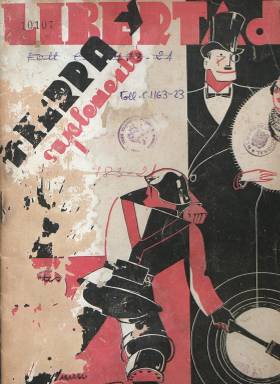
Título: Tierra y libertad (Barcelona). Suplemento
Otros títulos: Suplemento de Tierra y Libertad
Colección: Anarquismo
Ámbito geográfico: Barcelona
Lugar de publicación: Barcelona
Fechas: 01/06/1933-31/01/1934

Revista mensual que se publica como suplemento del entonces “semanario anarquista” Tierra y libertad (1899-1939). Este había aparecido, a su vez, como suplemento de La Revista blanca (1898-1936), siendo ambos dos títulos destacados del movimiento anarquista y libertario, que habían sido fundados en Madrid por el matrimonio formado por los pedagogos, escritores y editores Juan Montseny Carret (1864-1942) –que usó el seudónimo Federico Urales- y Teresa Mañé Miravet (1865-1939) –que usó el de Soledad Gustavo. A partir de 1906 y 1923, respectivamente, pasan a ser editados en Barcelona, que se convertirá en el principal centro anarquista español. Siendo ya órgano de la Federación Anarquista Ibérica (FAI), este suplemento de Tierra y libertad comienza a publicarse en agosto de 1932. La colección de la Biblioteca Nacional de España contiene las entregas número 11 y 12 (de junio y julio de 1933, respectivamente) y la 18, que probablemente fue la última y de carácter trimestral, pues corresponde a los meses de enero, febrero y marzo de 1934, apareciendo tras la suspensión de la que sería objeto tras la insurrección anarquista de diciembre de 1933, la tercera y última de este matiz en el periodo de la segunda república española.

Son entregas en torno al medio centenar de páginas, con foliación continuada anual, compuestas a una y dos columnas e ilustradas con fotograbados y dibujos, como el que ocupa cada cubierta, estampada a dos tintas, e impresas por Gráficos Alfa. Su redacción se encontraba en la barcelonesa calle de La Unión, número 9, antigua sede de los Sindicatos Libres. Escrita completamente en castellano, sus textos son artículos de carácter político y social y de ámbito tanto nacional como internacional (algunos traducidos) y algunos reportajes, así como cultural, especialmente sobre arte, libros y cine. Tiene dos secciones fijas: la editorial, bajo el epígrafe Umbral, y La esencia de los libros, dedicada a las recensiones bibliográficas, firmada por A.G. Gilabert. Al final de cada entrega ofrece un listado de títulos de obras anarquistas en venta bajo el epígrafe Servicio de librería.

Además de textos de naturaleza doctrinal, esta publicación mensual se verá obligada a tratar también la “actualidad política y social”, y como defensora del sindicalismo revolucionario, especialmente a la concerniente a la clase trabajadora y campesina, o a temas sobre la represión, el fascismo o el armamentismo y la guerra. Según Seoane y Saiz (1996), Tierra y libertad representaba al anarquismo “puro”, siendo sus objetivos la propaganda activa y la difusión de la cultura, como “ejes habituales del discurso libertario”, dedicando su atención también a analizar el papel entre intelectuales y anarquismo, cuyo ideario y pensamiento exaltaba. A nivel político, atacaba por la izquierda al PSOE y UGT y a sus dirigentes, y fue crítica a la dictadura soviética.

La variedad de la temática que trataba queda reflejada en los títulos de los artículos publicados en estas entregas: Alianza internacional contra el marxismo, firmado por Campio Carpio; Malthus y la causa de la miseria, por Juan M. Molina; República y comunismo libertario, por Francisco López Vera; Temas femeninos: el comunismo anárquico libertará a la mujer, por Kyralina (probablemente, un seudónimo); La industria química más potente en Alemania, sobre el nuevo armamento de la guerra que se avecinaba, por Roger Franq (probablemente una traducción); De Stalin a René Clair, pasando por Nuestro cinema, sobre esta revista editada por Pedro Piqueras, firmado por Alberto Mar; Temas científicos-filosóficos: El ‘yo’ y el libre albedrío, por A. Nolla; Sexualismo y libertad, por José Bonet; o La literatura de vanguardia: sexualismo musical, por Medina González. Otros de sus textos son un poema de carácter social firmado por Regino Pedroso, o unos apuntes biográficos del pintor y revolucionario Eleuterio Bueno, con reproducción de algunas de sus obras, firmado por Adolfo Ballano Bueno. Otras firmas son las de Francisco Pellicer, Jaime Balius, Isaac Puente, José Pros, Diego Santidrián, Pierre Duval, Hugo Treni, M. Iscar, A. Chiraldo, F. Ascaso, M. Mihura, Antonia Maymón o José María Salaverría. María Lacerda de Moura será traducida por Medina, y Luis Fabbri, por Eusebio C. Carbo. Entre las firmas de sus dibujos aparecen las de Liebe y Tvera.

Después de la “mordaza que nos ha sido impuesta” –se dirá en el editorial de su número 18-, esta entrega será dedicada, principalmente, a dar cuenta del denominado “movimiento revolucionario de 8 de diciembre” del año 1933, que califica como el “más sobresaliente de la Revolución española”, una “revolución libertaria”, propiciada “por los anarquistas”. Se trata de los sucesos protagonizados por la Federación Anarquista Ibérica (FAI) y secundados por la Confederación Nacional del Trabajo (CNT), que se inició en Zaragoza y quedó circunscrito a áreas de Aragón, La Rioja y Navarra, pero que se extendió a otras, cuyo resultado fue la muerte y detención de centenares de militantes anarquistas. La revista publicará relatos, acompañados de fotograbados, sobre esta “revolución”, así como los retratos de los máximos dirigentes anarquistas detenidos en Zaragoza, entre quienes se encuentran Cipriano Mera, Joaquín Aspas, el citado doctor Isaac Puente, Antonio Ejarque Piña, Rafael Casado Ojeda, Rafael García Chacón, Pilar Bretón Sáenz, María Coitanera Mateo y Dolores Lerín Paracuellos.

En la BNE puede consultarse también la edición en microficha de los números 13, 14 y 16 (de agosto, septiembre y noviembre, respectivamente) de este Suplemento de Tierra y libertad, realizada por la Universitat de València (1995). Se ha considerado como continuación de los mismos, el órgano teórico de la FAI, editado también en Barcelona, desde el cinco de mayo de 1934 a octubre-noviembre de 1938, bajo el título Tiempos nuevos. Apreciada como una cabecera de larga tradición en la historia de la prensa anarquista (Seoane y Saiz: 1996), Tierra y Libertad –como es el caso también de La Revista blanca- editó asimismo en su larga vida Almanaques o anuarios (algunos de los cuales forman parte también de la colección de la BNE) y tuvo diversa periodicidad, entre mensual, quincenal, semanal y hasta diaria. Entre agosto de 1935 y enero de 1936 fue editada en Valencia, y volvió a serlo en Barcelona hasta el 21 de enero de 1939, es decir, cinco días antes de la entrada del ejército franquista en la ciudad, publicada entonces por jóvenes, como “exponente neto de los ideales libertarios”. Además de la citada, bibliografía de referencia de este título es la de Gómez Aparicio (1981) y 200 anys de premsa diària a Catalunya (1995), entre otra.